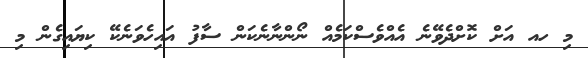
މި ހއ އަށް ކޮށްދެވޭނެ އެއްވެސްކަމެއް ނޯންނާނެކަން ސާފު އައިހެވަނެކޭ ކިޔައިގެން މި